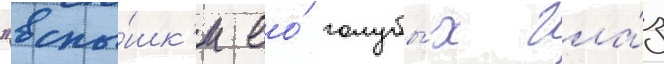
"вспы́шк'и ео́ голубы́х гла́з